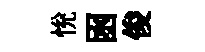
恱囦俊